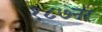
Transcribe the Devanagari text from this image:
१८७नर